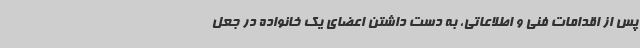
پس از اقدامات فنی و اطلاعاتی، به دست داشتن اعضای یک خانواده در جعل